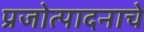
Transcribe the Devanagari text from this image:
प्रजोत्पादनाचे